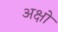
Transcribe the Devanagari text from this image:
अक्षो